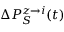
\Delta P _ { S } ^ { z \rightarrow i } ( t )